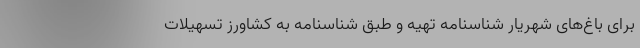
برای باغ‌های شهریار شناسنامه تهیه و طبق شناسنامه به کشاورز تسهیلات